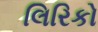
લિરિકો